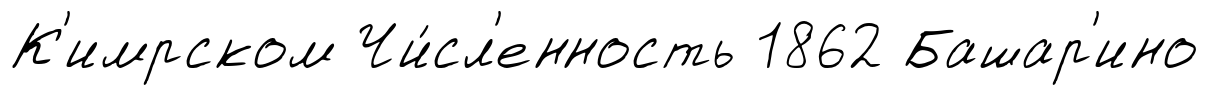
К'имрском Чи́сл'енность 1862 Башар'ино